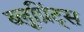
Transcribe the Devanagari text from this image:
ब्लूप्रिंट्स